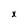
Character: x